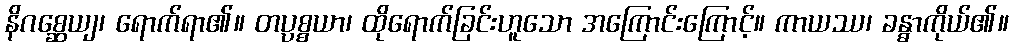
နိဂစ္ဆေယျ၊ ရောက်ရာ၏။ တပ္ပစ္စယာ၊ ထိုရောက်ခြင်းဟူသော အကြောင်းကြောင့်။ ကာယဿ၊ ခန္ဓာကိုယ်၏။